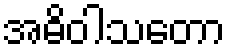
အဓိဝါသတော